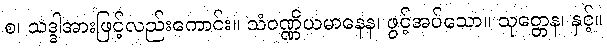
စ၊ သဒ္ဒါအားဖြင့်လည်းကောင်း။ သံဝဏ္ဏိယမာနေန၊ ဖွင့်အပ်သော။ သုတ္တေန၊ နှင့်။